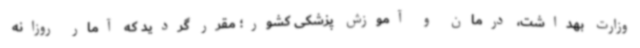
وزارت بهداشت، درمان و آموزش پزشکی کشور؛ مقرر گردید که آمار روزانه